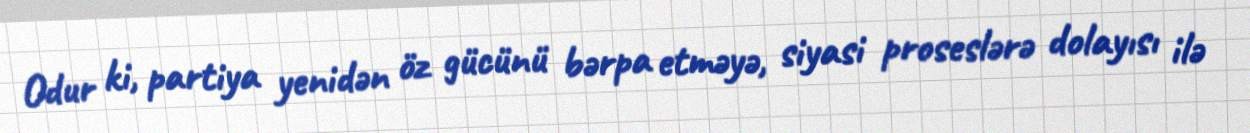
Odur ki, partiya yenidən öz gücünü bərpa etməyə, siyasi proseslərə dolayısı ilə